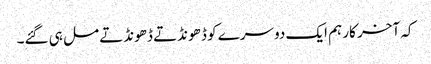
کہ آخر کار ہم ایک دوسرے کو ڈ ھونڈتے ڈھونڈتے مل ہی گئے۔